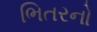
ભિતરનો